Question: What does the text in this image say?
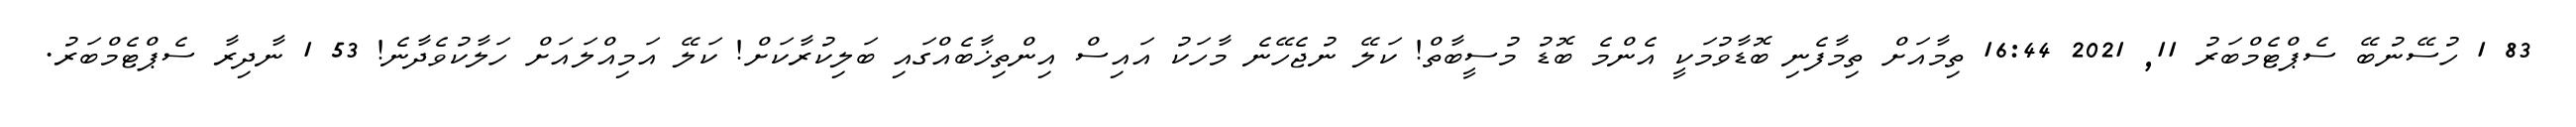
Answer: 83 1 ހުސޭނުބޭ ސެޕްޓެމްބަރު 11, 2021 16:44 ތިމާއަށް ތިމާފެނި ބޮޑާވުމަކީ އެންމެ ބޮޑު މުސީބާތް! ކަލޭ ނުޖެހޭނެ މާހަކު އައިސް އިންތިޚާބެއްގައި ބަލިކުރާކަށް! ކަލޭ އަމިއްލައަށް ހަލާކުވެދާނެ! 53 1 ނާދިރާ ސެޕްޓެމްބަރު.